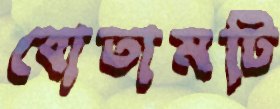
বোতামটি